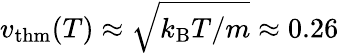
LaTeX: v_{\mathrm{thm}}(T)\approx\sqrt{k_{\mathrm{B}}T/m}\approx 0.26